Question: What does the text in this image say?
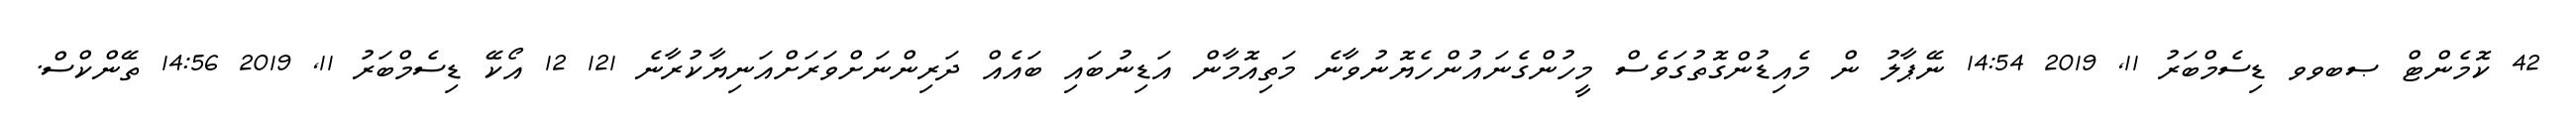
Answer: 42 ކޮމެންޓް ޞބވވ ޑިސެމްބަރު 11, 2019 14:54 ނޭޕާލު ން މެއިޑުންގޮތުގަވެސް މީހުންގެނައުންހެޔޮނުވާނެ މަތިއޮމާން އަޑިނުބައި ބައެއް ދަރިންނަށްވަރަށްއަނިޔާކުރާނެ 121 12 އޯކޭ ޑިސެމްބަރު 11, 2019 14:56 ތޭންކްސް.